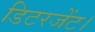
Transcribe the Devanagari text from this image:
डिटरजेंट।